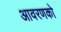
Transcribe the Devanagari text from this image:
आवरणको